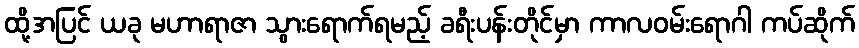
ထို့အပြင် ယခု မဟာရာဇာ သွားရောက်ရမည့် ခရီးပန်းတိုင်မှာ ကာလဝမ်းရောဂါ ကပ်ဆိုက်